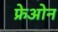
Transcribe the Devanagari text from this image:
फ्रेओन